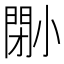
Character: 𡮤